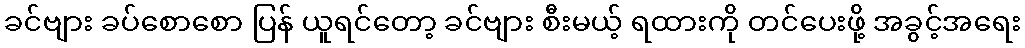
ခင်ဗျား ခပ်စောစော ပြန် ယူရင်တော့ ခင်ဗျား စီးမယ့် ရထားကို တင်ပေးဖို့ အခွင့်အရေး